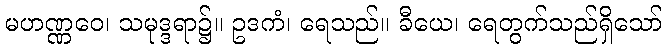
မဟဏ္ဏဝေ၊ သမုဒ္ဒရာ၌။ ဥဒကံ၊ ရေသည်။ ခီယေ၊ ရေတွက်သည်ရှိသော်